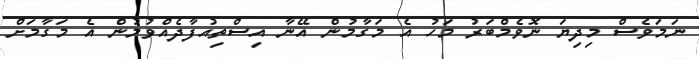
ނަމަވެސް މިދިޔަ ނޮވެމްބަރު މަހު އެ މަގާމުން އޭނާ އިސްތިއުފާދެއްވުމުން އެ މަގާމަށް